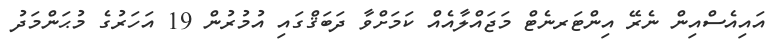
އައިއެސްއިން ނެރޭ އިންޓަރނެޓް މަޖައްލާއެއް ކަމަށްވާ ދަބަޤްގައި އުމުރުން 19 އަހަރުގެ މުޙަންމަދު